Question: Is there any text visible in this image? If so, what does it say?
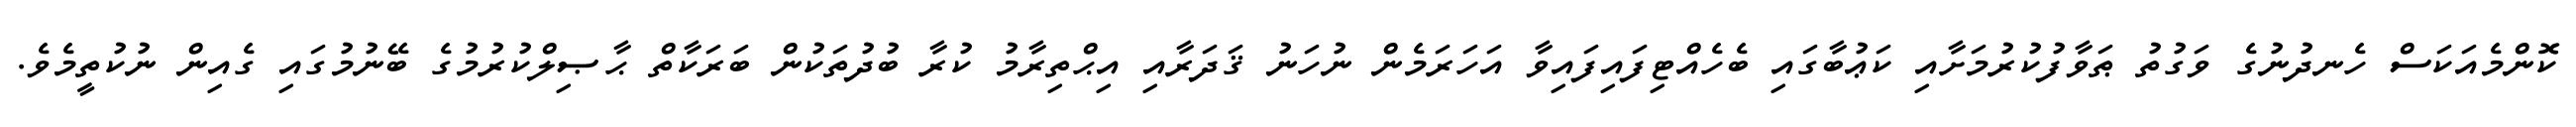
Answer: ކޮންމެއަކަސް ހެނދުނުގެ ވަގުތު ޠަވާފުކުރުމަށާއި ކަޢުބާގައި ބެހެއްޓިފައިފައިވާ އަހަރަމެން ނުހަނު ޤަދަރާއި އިޙްތިރާމު ކުރާ ބުދުތަކުން ބަރަކާތް ޙާޞިލްކުރުމުގެ ބޭނުމުގައި ގެއިން ނުކުތީމެވެ.